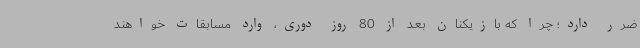
ضرر دارد؛ چرا که بازیکنان بعد از 80 روز دوری، وارد مسابقات خواهند